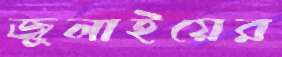
জুলাইয়ের